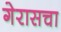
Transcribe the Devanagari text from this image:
गेरासचा